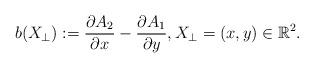
LaTeX: \begin{align*}b(X_{\perp}) := \frac{\partial A_{2}}{\partial x} - \frac{\partial A_{1}}{\partial y}, X_{\perp} = (x,y) \in \mathbb{R}^{2}.\end{align*}